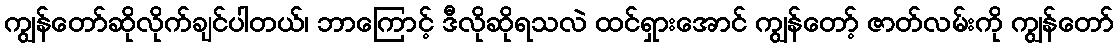
ကျွန်တော်ဆိုလိုက်ချင်ပါတယ်၊ ဘာကြောင့် ဒီလိုဆိုရသလဲ ထင်ရှားအောင် ကျွန်တော့် ဇာတ်လမ်းကို ကျွန်တော်